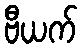
ဗီယက်